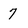
Character: 7